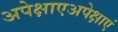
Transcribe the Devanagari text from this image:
अपेक्षाएअपेक्षाएं